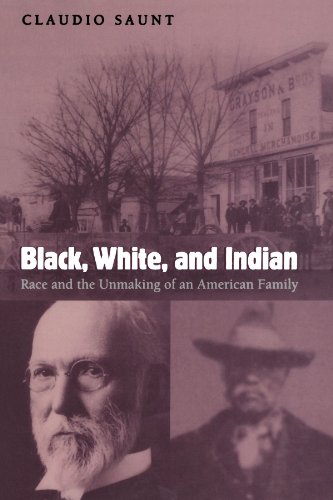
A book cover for Black, White, and Indian: Race and the Unmaking of an American Family; Claudio Saunt; History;